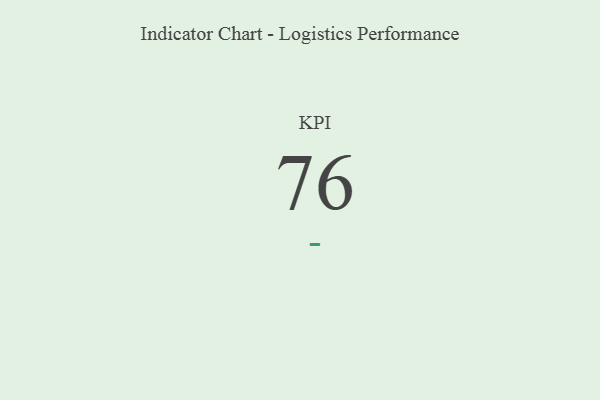
{"axis": {"x": "KPI", "y": "Value"}, "legend": [""], "data": [{"x": "KPI", "y": 76, "type": ""}]}